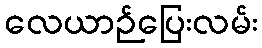
လေယာဉ်ပြေးလမ်း